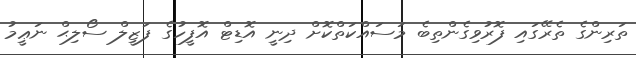
ތަރިންގެ ތެރޭގައި ފޮރުވިގެންތިބެ މަސައްކަތްކޮށް ދިނީ އޮޑިޓް އޮފީހުގެ ފަޒީލް ސޯލިޙް ނަޢީމު